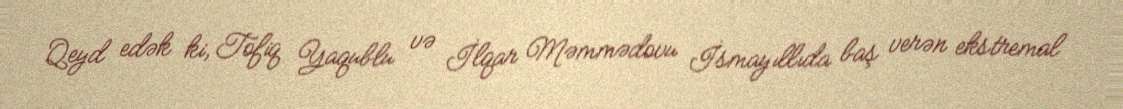
Qeyd edək ki, Tofiq Yaqublu və İlqar Məmmədovu İsmayıllıda baş verən ekstremal